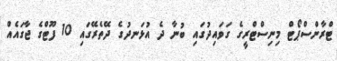
ޓްރާންސްޕޯޓް މިނިސްޓްރީގެ ގަވައިދުގައި ބުނާ ދެ އުޅަނދުގެ ދޭތެރޭގައި 10 ފޫޓްގެ ޖާގައެއް